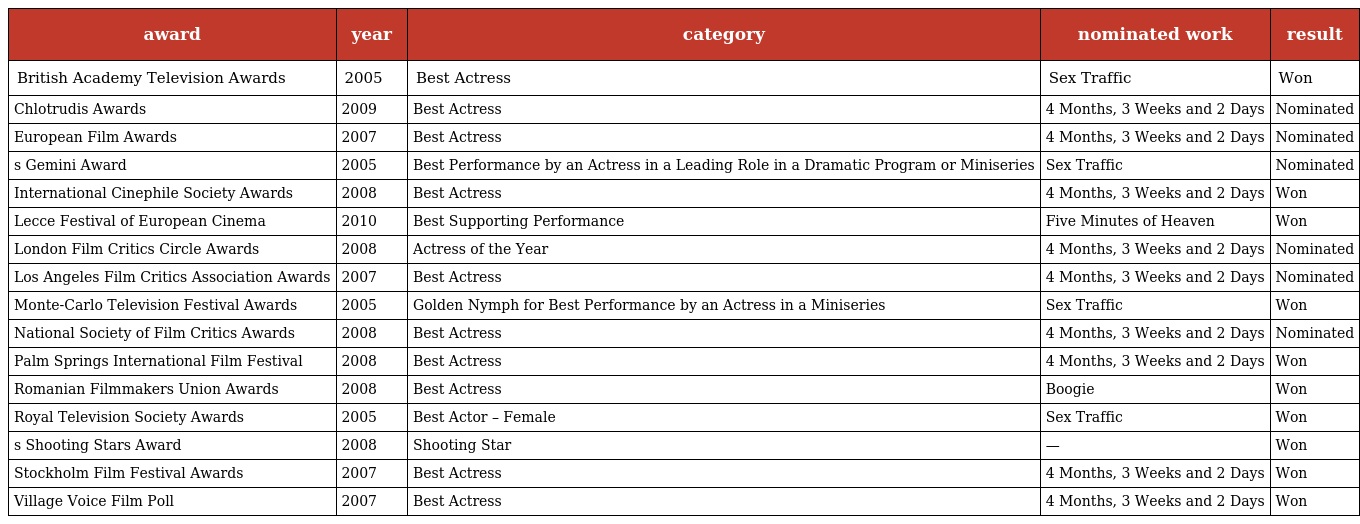
| award | year | category | nominated work | result |
 | --- | --- | --- | --- | --- |
 | British Academy Television Awards | 2005 | Best Actress | Sex Traffic | Won |
 | Chlotrudis Awards | 2009 | Best Actress | 4 Months, 3 Weeks and 2 Days | Nominated |
 | European Film Awards | 2007 | Best Actress | 4 Months, 3 Weeks and 2 Days | Nominated |
 | s Gemini Award | 2005 | Best Performance by an Actress in a Leading Role in a Dramatic Program or Miniseries | Sex Traffic | Nominated |
 | International Cinephile Society Awards | 2008 | Best Actress | 4 Months, 3 Weeks and 2 Days | Won |
 | Lecce Festival of European Cinema | 2010 | Best Supporting Performance | Five Minutes of Heaven | Won |
 | London Film Critics Circle Awards | 2008 | Actress of the Year | 4 Months, 3 Weeks and 2 Days | Nominated |
 | Los Angeles Film Critics Association Awards | 2007 | Best Actress | 4 Months, 3 Weeks and 2 Days | Nominated |
 | Monte-Carlo Television Festival Awards | 2005 | Golden Nymph for Best Performance by an Actress in a Miniseries | Sex Traffic | Won |
 | National Society of Film Critics Awards | 2008 | Best Actress | 4 Months, 3 Weeks and 2 Days | Nominated |
 | Palm Springs International Film Festival | 2008 | Best Actress | 4 Months, 3 Weeks and 2 Days | Won |
 | Romanian Filmmakers Union Awards | 2008 | Best Actress | Boogie | Won |
 | Royal Television Society Awards | 2005 | Best Actor – Female | Sex Traffic | Won |
 | s Shooting Stars Award | 2008 | Shooting Star | — | Won |
 | Stockholm Film Festival Awards | 2007 | Best Actress | 4 Months, 3 Weeks and 2 Days | Won |
 | Village Voice Film Poll | 2007 | Best Actress | 4 Months, 3 Weeks and 2 Days | Won |